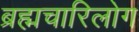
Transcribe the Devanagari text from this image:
ब्रह्मचारिलोग